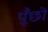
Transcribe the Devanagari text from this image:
पूँछो